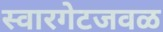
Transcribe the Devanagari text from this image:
स्वारगेटजवळ